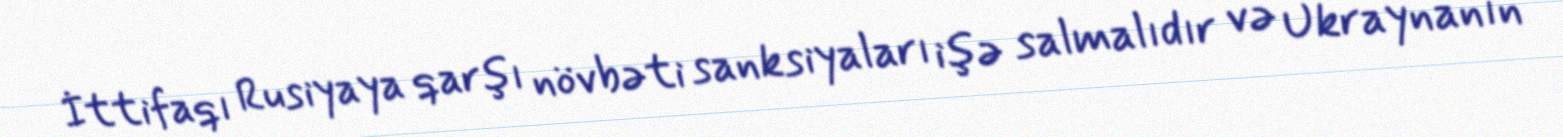
İttifaqı Rusiyaya qarşı növbəti sanksiyaları işə salmalıdır və Ukraynanın